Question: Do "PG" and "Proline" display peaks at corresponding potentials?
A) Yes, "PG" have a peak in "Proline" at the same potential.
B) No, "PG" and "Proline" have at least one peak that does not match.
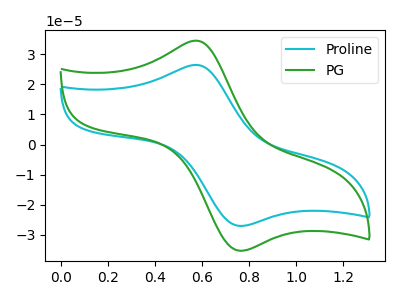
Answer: <think>The cyan curve "Proline" has an anodic peak at (0.60V, 26.45uA) and a cathodic peak at (0.75V, -27.05uA). The green curve "PG" has an anodic peak at (0.60V, 34.50uA) and a cathodic peak at (0.75V, -35.30uA).</think>
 <answer>A) Yes, "PG" have a peak in "Proline" at the same potential.</answer>
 <eval>A</eval>